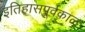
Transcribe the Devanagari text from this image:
इतिहासपूर्वकाळ